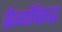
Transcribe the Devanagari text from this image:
सैन्यांविरूद्ध